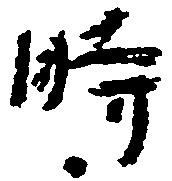
時